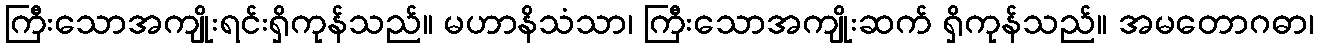
ကြီးသောအကျိုးရင်းရှိကုန်သည်။ မဟာနိသံသာ၊ ကြီးသောအကျိုးဆက် ရှိကုန်သည်။ အမတောဂဓာ၊